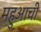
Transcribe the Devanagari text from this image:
महुआची